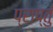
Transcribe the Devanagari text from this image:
प्राप्तुं